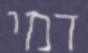
דמי